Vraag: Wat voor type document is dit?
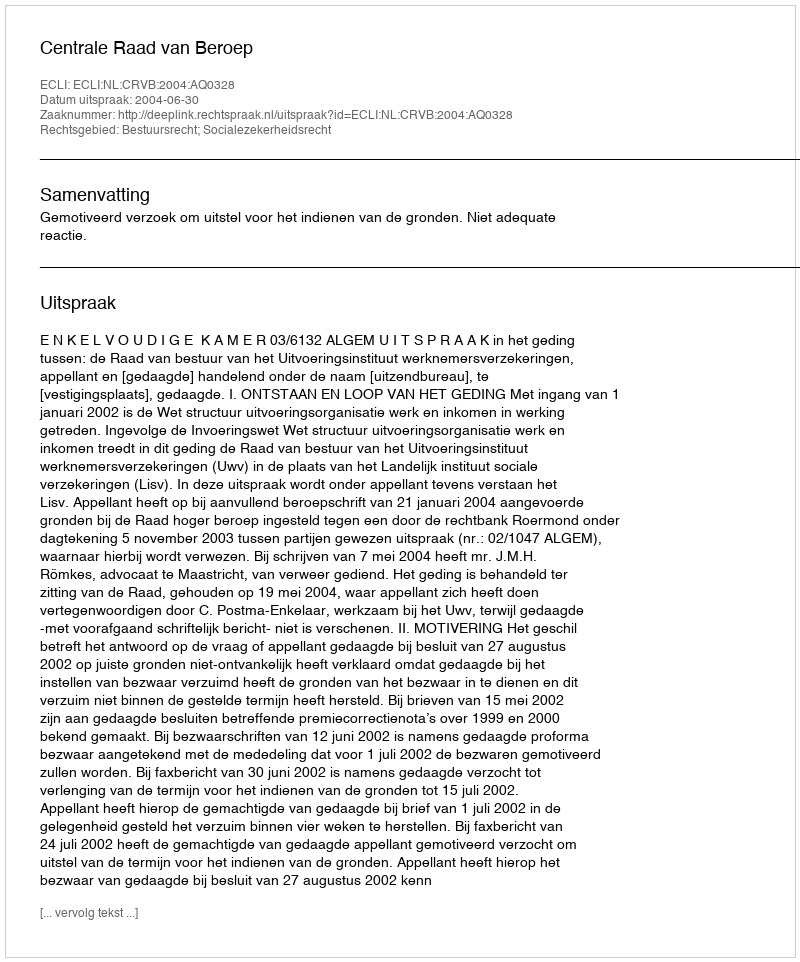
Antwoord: Uitspraak